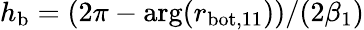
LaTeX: h_{\mathrm{b}}=(2\pi-\arg(r_{\mathrm{bot,11}}))/(2\beta_{1})